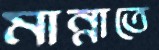
মান্নাতে